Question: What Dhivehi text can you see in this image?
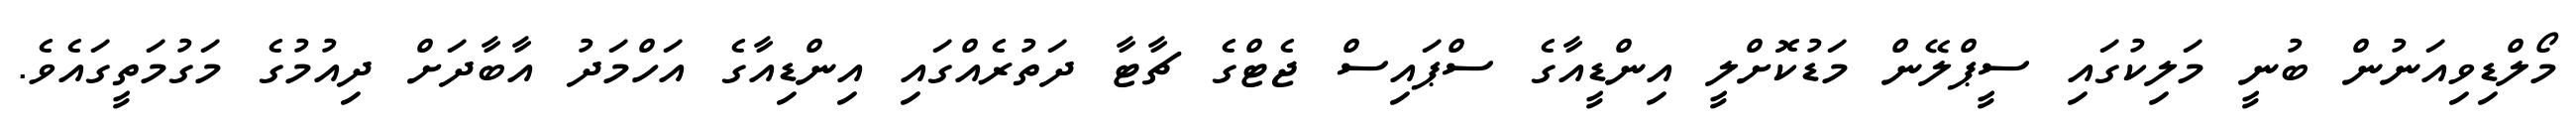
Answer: މޯލްޑިވިއަނުން ބުނީ މަލިކުގައި ސީޕްލޭން މަޑުކޮށްލީ އިންޑީއާގެ ސްޕައިސް ޖެޓްގެ ޗާޓާ ދަތުރެއްގައި އިންޑިއާގެ އަހްމަދު އާބާދަށް ދިއުމުގެ މަގުމަތީގައެވެ.